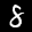
Label: 8